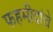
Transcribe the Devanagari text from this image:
फहमीदांचे